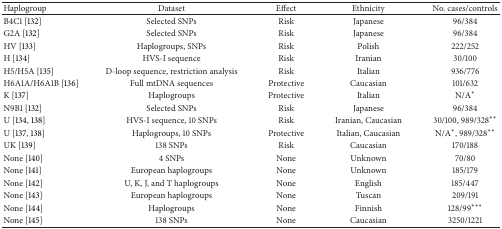
<table><thead><tr><td><b>Haplogroup</b></td><td><b>Dataset</b></td><td><b>Effect</b></td><td><b>Ethnicity</b></td><td><b>No. cases/controls</b></td></tr></thead><tbody><tr><td>B4C1 [132]</td><td>Selected SNPs</td><td>Risk</td><td>Japanese</td><td>96/384</td></tr><tr><td>G2A [132]</td><td>Selected SNPs</td><td>Risk</td><td>Japanese</td><td>96/384</td></tr><tr><td>HV [133]</td><td>Haplogroups, SNPs</td><td>Risk</td><td>Polish</td><td>222/252</td></tr><tr><td>H [134]</td><td>HVS-I sequence</td><td>Risk</td><td>Iranian</td><td>30/100</td></tr><tr><td>H5/H5A [135]</td><td>D-loop sequence, restriction analysis</td><td>Risk</td><td>Italian</td><td>936/776</td></tr><tr><td>H6A1A/H6A1B [136]</td><td>Full mtDNA sequences</td><td>Protective</td><td>Caucasian</td><td>101/632</td></tr><tr><td>K [137]</td><td>Haplogroups</td><td>Protective</td><td>Italian</td><td>N/A*</td></tr><tr><td>N9B1 [132]</td><td>Selected SNPs</td><td>Risk</td><td>Japanese</td><td>96/384</td></tr><tr><td>U [134, 138]</td><td>HVS-I sequence, 10 SNPs</td><td>Risk</td><td>Iranian, Caucasian</td><td>30/100, 989/328**</td></tr><tr><td>U [137, 138]</td><td>Haplogroups, 10 SNPs</td><td>Protective</td><td>Italian, Caucasian</td><td>N/A*, 989/328**</td></tr><tr><td>UK [139]</td><td>138 SNPs</td><td>Risk</td><td>Caucasian</td><td>170/188</td></tr><tr><td>None [140]</td><td>4 SNPs</td><td>None</td><td>Unknown</td><td>70/80</td></tr><tr><td>None [141]</td><td>European haplogroups</td><td>None</td><td>Unknown</td><td>185/179</td></tr><tr><td>None [142]</td><td>U, K, J, and T haplogroups</td><td>None</td><td>English</td><td>185/447</td></tr><tr><td>None [143]</td><td>European haplogroups</td><td>None</td><td>Tuscan</td><td>209/191</td></tr><tr><td>None [144]</td><td>Haplogroups</td><td>None</td><td>Finnish</td><td>128/99***</td></tr><tr><td>None [145]</td><td>138 SNPs</td><td>None</td><td>Caucasian</td><td>3250/1221</td></tr></tbody></table>